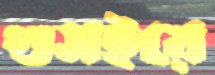
গুসইয়ে